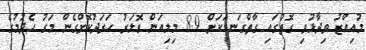
މުއިއްޒު ވިދާޅުވި ގޮތުގައި ގާތްގަނޑަކަށް 8.9 މިލިއަން ޑޮލަރު ހަރަދުކޮށްގެން މަގު ހެދުމުގެ